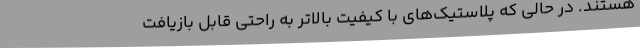
هستند. در حالی که پلاستیک‌های با کیفیت بالاتر به راحتی قابل بازیافت